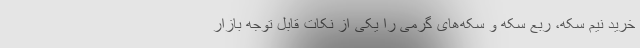
خرید نیم سکه، ربع سکه و سکه‌های گرمی را یکی از نکات قابل توجه بازار